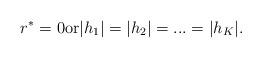
LaTeX: \begin{align*}r^*=0 \mathrm{or} |h_1|=|h_2|=...=|h_K|.\end{align*}